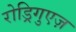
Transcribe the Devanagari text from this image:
रोड्रिगुएज़